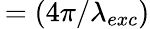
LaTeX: \, =(4\pi/\lambda_{exc})